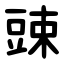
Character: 䜹